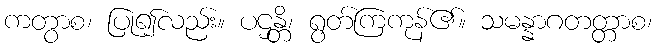
ကတွာစ၊ ပြု၍လည်း။ ပဌန္တိ၊ ရွတ်ကြကုန်၏။ သမန္နာဂတတ္တာစ၊